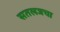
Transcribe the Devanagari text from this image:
सतलजचा